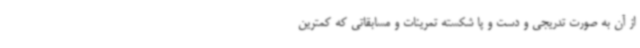
از آن به صورت تدریجی و دست و پا شکسته تمرینات و مسابقاتی که کمترین